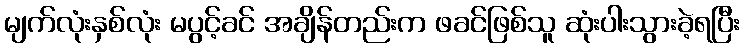
မျက်လုံးနှစ်လုံး မပွင့်ခင် အချိန်တည်းက ဖခင်ဖြစ်သူ ဆုံးပါးသွားခဲ့ရပြီး